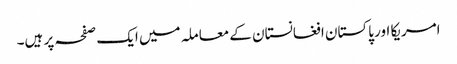
امریکا اور پاکستان افغانستان کے معاملہ میں ایک صفحہ پر ہیں۔